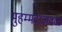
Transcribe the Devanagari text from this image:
मुहम्मदाजवळ